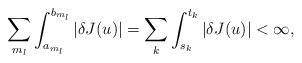
LaTeX: \begin{align*}\sum_{m_{l}}\int_{a_{m_{l}}}^{b_{m_{l}}}\vert \delta J(u)\vert=\sum_{k}\int_{s_{k}}^{t_{k}}\vert \delta J(u)\vert<\infty,\end{align*}